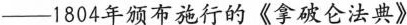
——1804年颁布施行的《拿破仑法典》